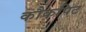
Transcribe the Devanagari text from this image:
कौकपिट